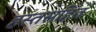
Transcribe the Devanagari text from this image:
हस्तसहित